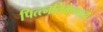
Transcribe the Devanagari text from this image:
पित्त्नलिकेमध्ये